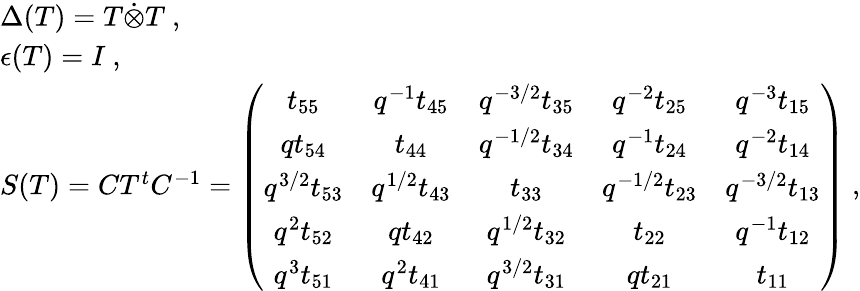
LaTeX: \begin{array}{l}{{\Delta(T)=T\dot{\otimes}T~,}}\\ {{\epsilon(T)=I~,}}\\ {{S(T)=CT^{t}C^{-1}=\left(\begin{array}{ccccc}{{t_{55}}}&{{q^{-1}t_{45}}}&{{q^{-3/2}t_{35}}}&{{q^{-2}t_{25}}}&{{q^{-3}t_{15}}}\\ {{qt_{54}}}&{{t_{44}}}&{{q^{-1/2}t_{34}}}&{{q^{-1}t_{24}}}&{{q^{-2}t_{14}}}\\ {{q^{3/2}t_{53}}}&{{q^{1/2}t_{43}}}&{{t_{33}}}&{{q^{-1/2}t_{23}}}&{{q^{-3/2}t_{13}}}\\ {{q^{2}t_{52}}}&{{qt_{42}}}&{{q^{1/2}t_{32}}}&{{t_{22}}}&{{q^{-1}t_{12}}}\\ {{q^{3}t_{51}}}&{{q^{2}t_{41}}}&{{q^{3/2}t_{31}}}&{{qt_{21}}}&{{t_{11}}}\end{array}\right)~,}}\end{array}